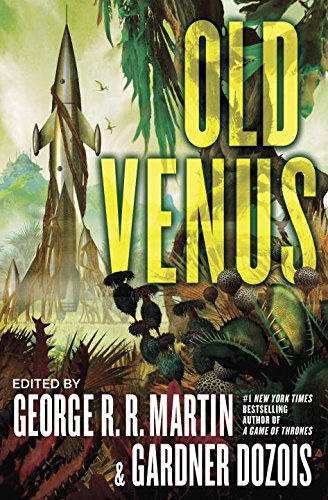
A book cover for Old Venus; Science Fiction & Fantasy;